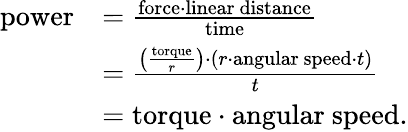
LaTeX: {\begin{array}{rl}{{\mathrm{power}}}&{={\frac{{\mathrm{force}}\cdot{\mathrm{linear~distance}}}{\mathrm{time}}}}\\ &{={\frac{\left({\frac{\mathrm{torque}}{r}}\right)\cdot(r\cdot{\mathrm{angular~speed}}\cdot t)}{t}}}\\ &{={\mathrm{torque}}\cdot{\mathrm{angular~speed}}.}\end{array}}